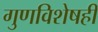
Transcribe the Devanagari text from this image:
गुणविशेषही